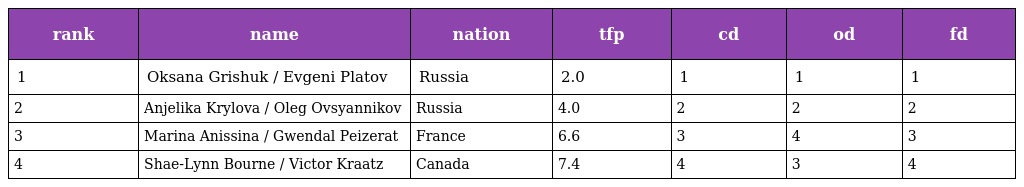
| rank | name | nation | tfp | cd | od | fd |
 | --- | --- | --- | --- | --- | --- | --- |
 | 1 | Oksana Grishuk / Evgeni Platov | Russia | 2.0 | 1 | 1 | 1 |
 | 2 | Anjelika Krylova / Oleg Ovsyannikov | Russia | 4.0 | 2 | 2 | 2 |
 | 3 | Marina Anissina / Gwendal Peizerat | France | 6.6 | 3 | 4 | 3 |
 | 4 | Shae-Lynn Bourne / Victor Kraatz | Canada | 7.4 | 4 | 3 | 4 |